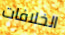
الخلافات